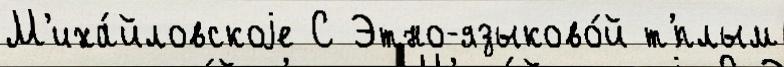
М'иха́йловскоjе С Этно-языково́й т'́плым